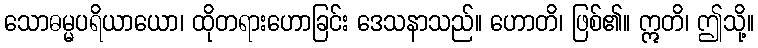
သောဓမ္မပရိယာယော၊ ထိုတရားဟောခြင်း ဒေသနာသည်။ ဟောတိ၊ ဖြစ်၏။ ဣတိ၊ ဤသို့။